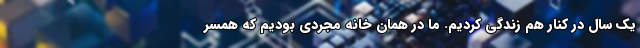
یک سال در کنار هم زندگی کردیم. ما در همان خانه مجردی بودیم که همسر